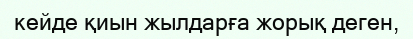
кейде қиын жылдарға жорық деген,